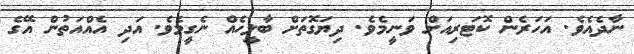
ނާދެއެވެ. އަހަރެން ކޮޓަރިއަށް ވަނީމެވެ. ދިޔަގޮތަށް ބާލީހެއް ނެގީމެވެ. އަދި އެއްއަތުން އޭގެ